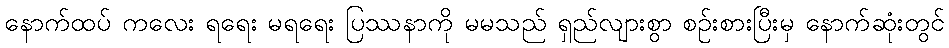
နောက်ထပ် ကလေး ရရေး မရရေး ပြဿနာကို မမသည် ရှည်လျားစွာ စဉ်းစားပြီးမှ နောက်ဆုံးတွင်